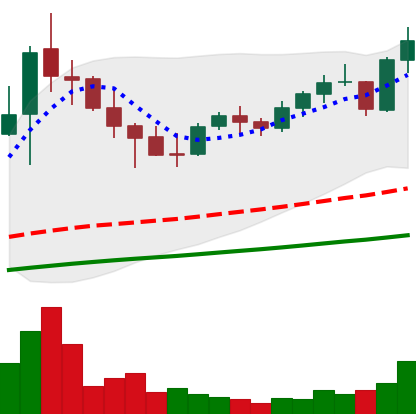
Ticker: NEO-USD
Chart end date: 2021-05-06
Forward return: -5.902%
Label: down_5_7